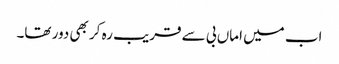
اب میں اماں بی سے قریب رہ کر بھی دور تھا۔